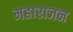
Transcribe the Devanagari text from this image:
महाराजन